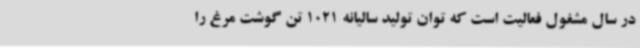
در سال مشغول فعالیت است که توان تولید سالیانه 1021 تن گوشت مرغ را